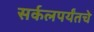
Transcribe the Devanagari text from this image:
सर्कलपर्यंतचे